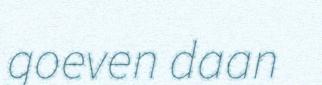
goeven daan